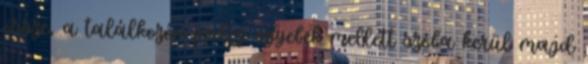
össze, a találkozón pedig egyebek mellett szóba kerül majd